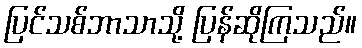
ပြင်သစ်ဘာသာသို့ ပြန်ဆိုကြသည်။